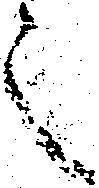
之